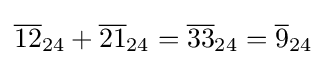
{\overline {12}}_{24}+{\overline {21}}_{24}={\overline {33}}_{24}={\overline {9}}_{24}